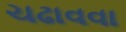
ચઢાવવા